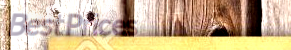
BestPrices